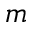
m